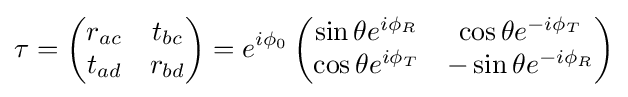
\tau =\left({\begin{matrix}r_{ac}&t_{bc}\\t_{ad}&r_{bd}\end{matrix}}\right)=e^{i\phi _{0}}\left({\begin{matrix}\sin \theta e^{i\phi _{R}}&\cos \theta e^{-i\phi _{T}}\\\cos \theta e^{i\phi _{T}}&-\sin \theta e^{-i\phi _{R}}\end{matrix}}\right)